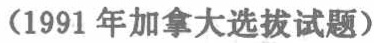
（1991年加拿大选拔试题）